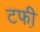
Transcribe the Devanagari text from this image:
टफी़